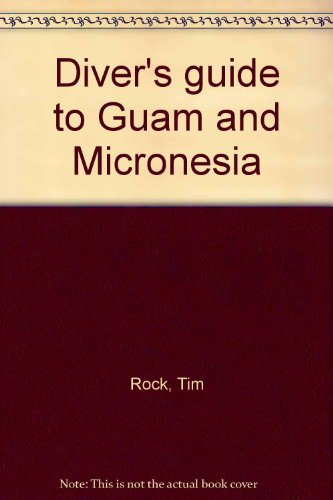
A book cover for Diver's guide to Guam and Micronesia; Tim Rock; Travel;